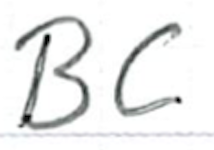
Text: BC
Cross-out: clean
Writing tool: ballpoint